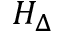
H _ { \Delta }